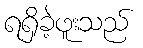
ရရှိခဲ့ဖူးသည်